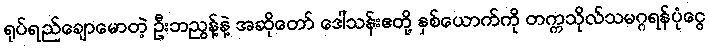
ရုပ်ရည်ချောမောတဲ့ ဦးဘညွန့်နဲ့ အဆိုတော် ဒေါ်သန်းဧတို့ နှစ်ယောက်ကို တက္ကသိုလ်သမဂ္ဂရန်ပုံငွေ